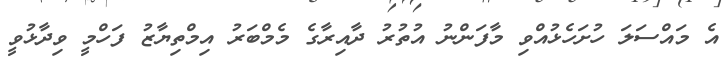
އެ މައްސަލަ ހުށަހެޅުއްވި މާފަންނު އުތުރު ދާއިރާގެ މެމްބަރު އިމްތިޔާޒު ފަހްމީ ވިދާޅުވީ